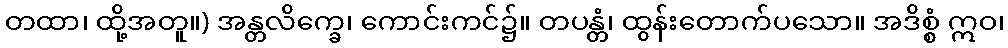
တထာ၊ ထို့အတူ။) အန္တလိက္ခေ၊ ကောင်းကင်၌။ တပန္တံ၊ ထွန်းတောက်ပသော။ အဒိစ္စံ ဣဝ၊